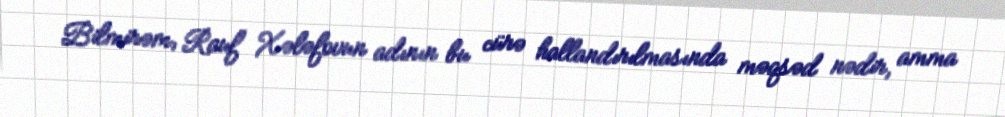
Bilmirəm, Rauf Xələfovun adının bu cürə hallandırılmasında məqsəd nədir, amma